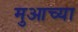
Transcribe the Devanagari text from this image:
मुआच्या